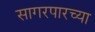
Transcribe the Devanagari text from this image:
सागरपारच्या